Scottish Leaving Certificate Examination, 1960
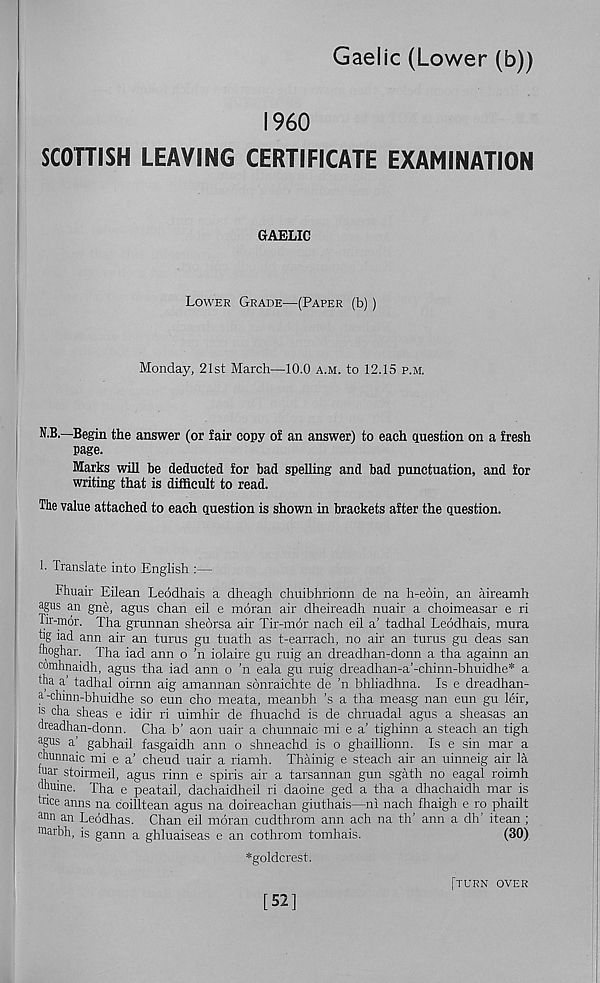
Gaelic (Lower (b))
SCOTTISH LEAVING
I960
CERTIFICATE EXAMINATION
GAELIC
Lower Grade—(Paper (b))
Monday, 21st March—10.0 a.m. to 12.15 p.m.
N.B.—Begin the answer (or fail’ copy of an answer) to each question on a fresh
page.
Marks will be deducted for bad spelling and bad punctuation, and for
writing that is difficult to read.
The value attached to each question is shown in brackets after the question.
1. Translate into English :—
Fhuair Eilean Leodhais a dheagh chuibhrionn de na h-eoin, an aireamh
agus an gne, agus chan eil e moran air dheireadh nuair a choimeasar e ri
Tir-mor. Tha grunnan sheorsa air Tir-mor nach eil a’ tadhal Leodhais, mura
hg iad ann air an turns gu tuath as t-earrach, no air an turus gu deas san
fhoghar. Tha iad ann o ’n iolaire gu ruig an dreadhan-donn a tha againn an
comhnaidh, agus tha iad ann o ’n eala gu ruig dreadhan-a’-chinn-bhuidhe* a
tha a tadhal oirnn aig amannan sonraichte de ’n bhliadhna. Is e dreadhan-
a-chinn-bhuidhe so eun cho meata, meanbh ’s a tha measg nan eun gu leir,
is cha sheas e idir ri uimhir de fhuachd is de chruadal agus a sheasas an
dreadhan-donn. Cha b’ aon uair a chunnaic mi e a’ tighinn a steach an tigh
a g u s a’ gabhail fasgaidh ann o shneachd is o ghaillionn. Is e sin mar a
chunnaic mi e a’ cheud uair a riamh. Thainig e steach air an uinneig air la
tuar stoirmeil, agus rinn e spiris air a tarsannan gun sgath no eagal roimh
dhuine. Tha e peatail, dachaidheil ri daoine ged a tha a dhachaidh mar is
tnce aims na coilltean agus na doireachan giuthais—ni nach fhaigh e ro phailt
a nn an Leodhas. Chan eil moran cudthrom ann ach na th’ ann a dh’ itean ;
roarbh, is gann a ghluaiseas e an cothrom tomhais.
(30)
*goldcrest.
(turn over
[52]